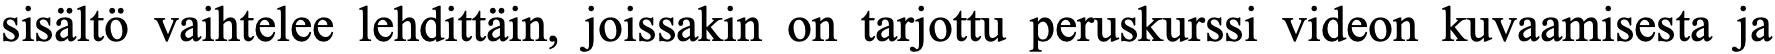
sisältö vaihtelee lehdittäin, joissakin on tarjottu peruskurssi videon kuvaamisesta ja